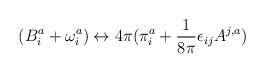
LaTeX: \begin{align*}(B^{a}_{i} + \omega^{a}_{i}) \leftrightarrow 4\pi(\pi^{a}_{i} +\frac{1}{8\pi} \epsilon_{ij}A^{j,a}) \end{align*}